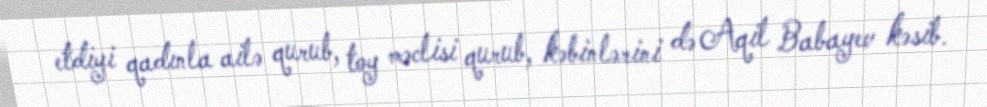
etdiyi qadınla ailə qurub, toy məclisi qurub, kəbinlərini də Aqil Babayev kəsib.